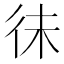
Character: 𢓛